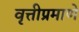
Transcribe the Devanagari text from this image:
वृत्तीप्रमाणे